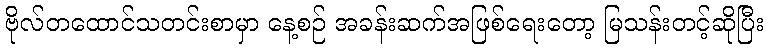
ဗိုလ်တထောင်သတင်းစာမှာ နေ့စဉ် အခန်းဆက်အဖြစ်ရေးတော့ မြသန်းတင့်ဆိုပြီး